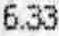
6.33